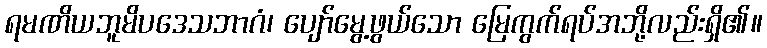
ရမဏိယဘူမိပဒေသဘာဂံ၊ ပျော်မွေ့ဖွယ်သော မြေကွက်ရပ်အဘို့လည်းရှိ၏။